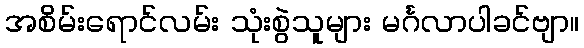
အစိမ်းရောင်လမ်း သုံးစွဲသူများ မင်္ဂလာပါခင်ဗျာ။